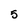
Character: 5